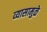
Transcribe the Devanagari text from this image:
व्यासामुळे